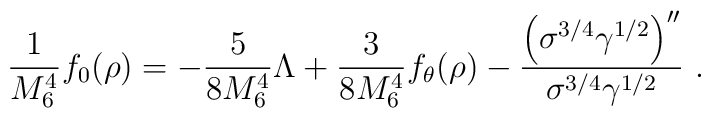
\frac{1}{M_6^4}f_0(\rho)=-\frac{5}{8M_6^4}{\Lambda}+ \frac{3}{8M_6^4}  f_\theta(\rho) -\frac{{\left(\sigma^{3/4}\gamma^{1/2}\right)}^{\prime\prime}} {\sigma^{3/4}\gamma^{1/2}} \ .